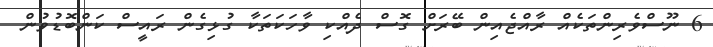
6 ނޫސްވެރިންތަކެއް ރާއްޖެއިން ބޭރަށް ގޮސް ދެއްކި ވާހަކަތަކާ ގުޅިގެން ރައީސް ކަންބޮޑުވުން